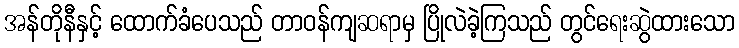
အန်တိုနီနှင့် ထောက်ခံပေသည် တာဝန်ကျဆရာမှ ပြိုလဲခဲ့ကြသည် တွင်ရေးဆွဲထားသော